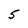
Character: 5